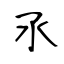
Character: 氶